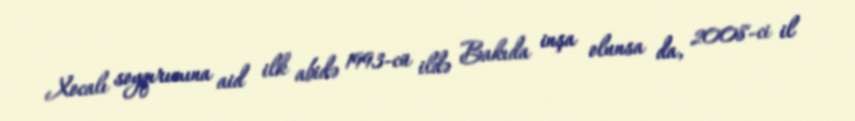
Xocalı soyqırımına aid ilk abidə 1993-cü ildə Bakıda inşa olunsa da, 2008-ci il